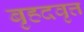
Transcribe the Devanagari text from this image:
बृहदवृत्त